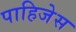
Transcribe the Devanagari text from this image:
पाहिजेस